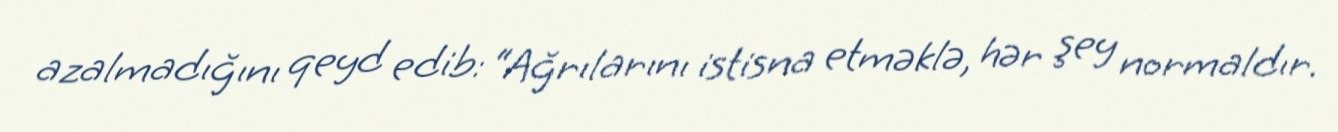
azalmadığını qeyd edib: “Ağrılarını istisna etməklə, hər şey normaldır.